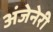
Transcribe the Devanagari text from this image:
अंजेनेरी